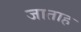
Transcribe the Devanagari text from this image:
जाताह